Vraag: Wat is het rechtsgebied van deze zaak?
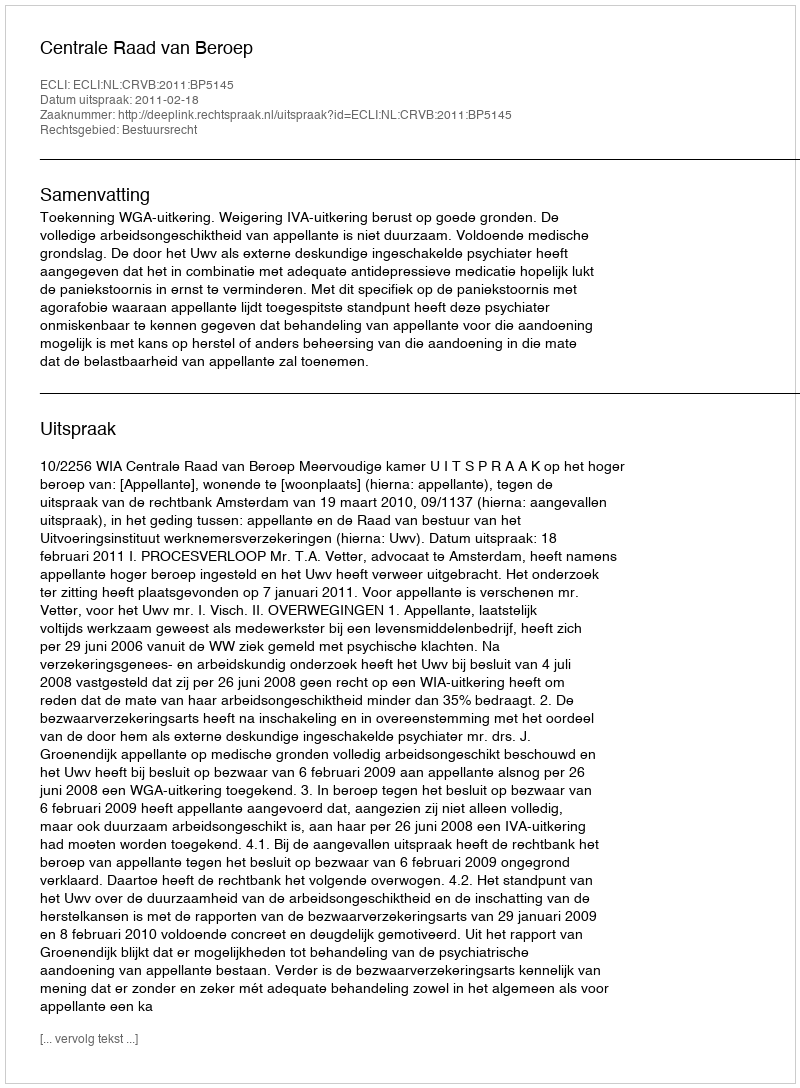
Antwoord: Bestuursrecht